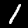
Label: 1